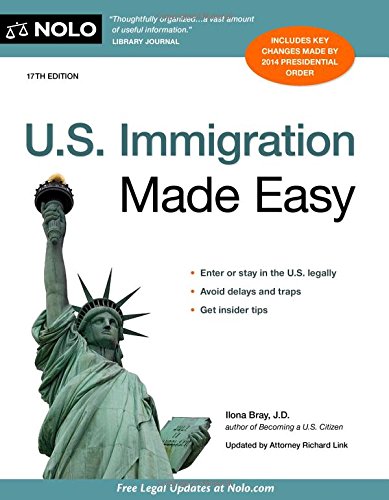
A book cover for U.S. Immigration Made Easy; Ilona Bray J.D.; Law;